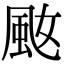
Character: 𩖠